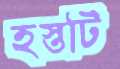
হস্তটি